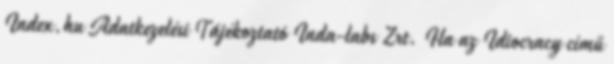
Index.hu Adatkezelési Tájékoztató Inda-labs Zrt. Ha az Idiocracy című